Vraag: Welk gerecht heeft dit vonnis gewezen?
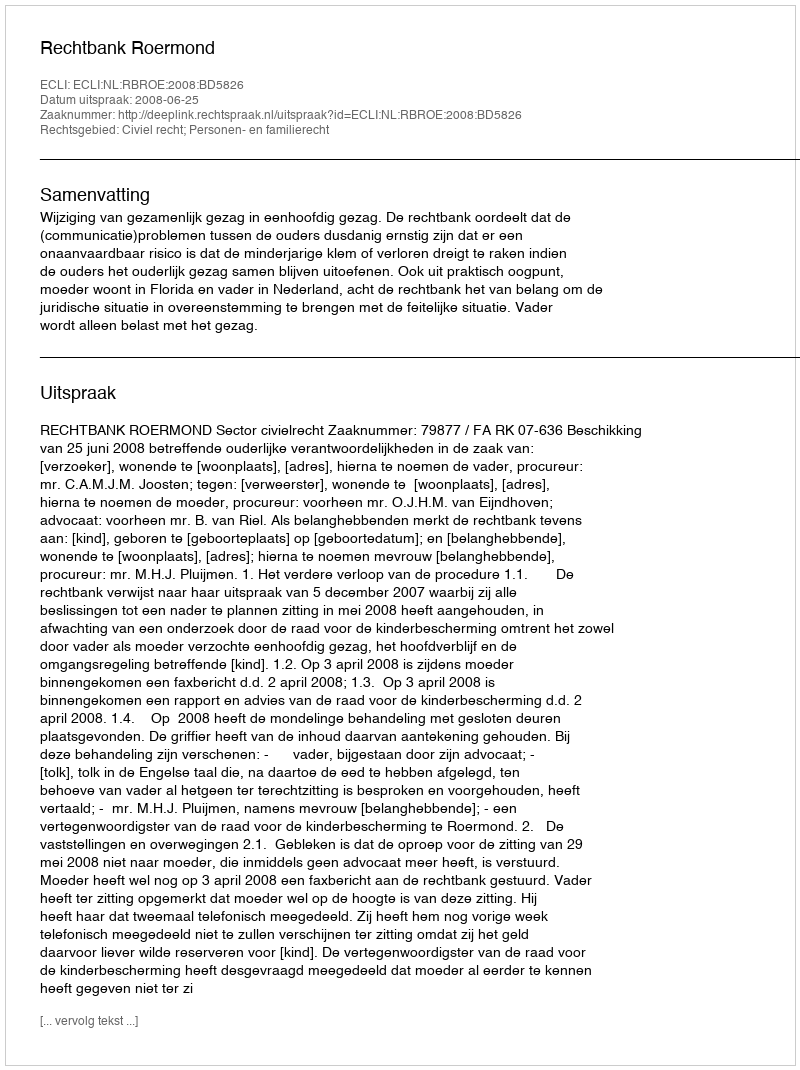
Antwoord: Rechtbank Roermond